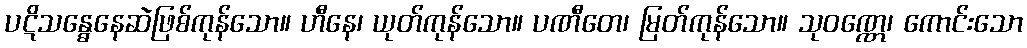
ပဋိသန္ဓေနေဆဲဖြစ်ကုန်သော။ ဟီနေ၊ ယုတ်ကုန်သော။ ပဏီတေ၊ မြတ်ကုန်သော။ သုဝဏ္ဏေ၊ ကောင်းသော